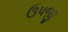
ઉપજી